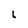
Character: l